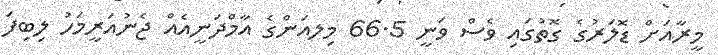
މީރާއަށް ޑޮލަރުގެ ގޮތުގައި ވެސް ވަނީ 66.5 މިލއަންގެ އާމްދަނީއެއް ޖެނުއަރީމަހު ލިބިފަ